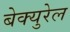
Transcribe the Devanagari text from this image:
बेक्युरेल